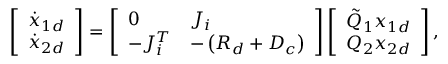
\left[ \begin{array} { l } { \dot { x } _ { 1 d } } \\ { \dot { x } _ { 2 d } } \end{array} \right] = \left[ \begin{array} { l l } { 0 } & { J _ { i } } \\ { - J _ { i } ^ { T } } & { - \left( R _ { d } + D _ { c } \right) } \end{array} \right] \left[ \begin{array} { l } { \tilde { Q } _ { 1 } x _ { 1 d } } \\ { Q _ { 2 } x _ { 2 d } } \end{array} \right] ,